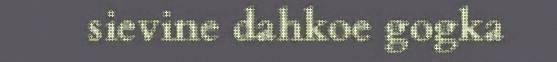
sievine dahkoe gogka